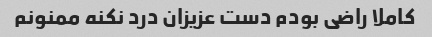
کاملا راضی بودم دست عزیزان درد نکنه ممنونم